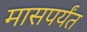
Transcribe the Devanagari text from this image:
मासपर्यंत